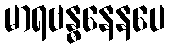
မာရဗန္ဓနေနပေ